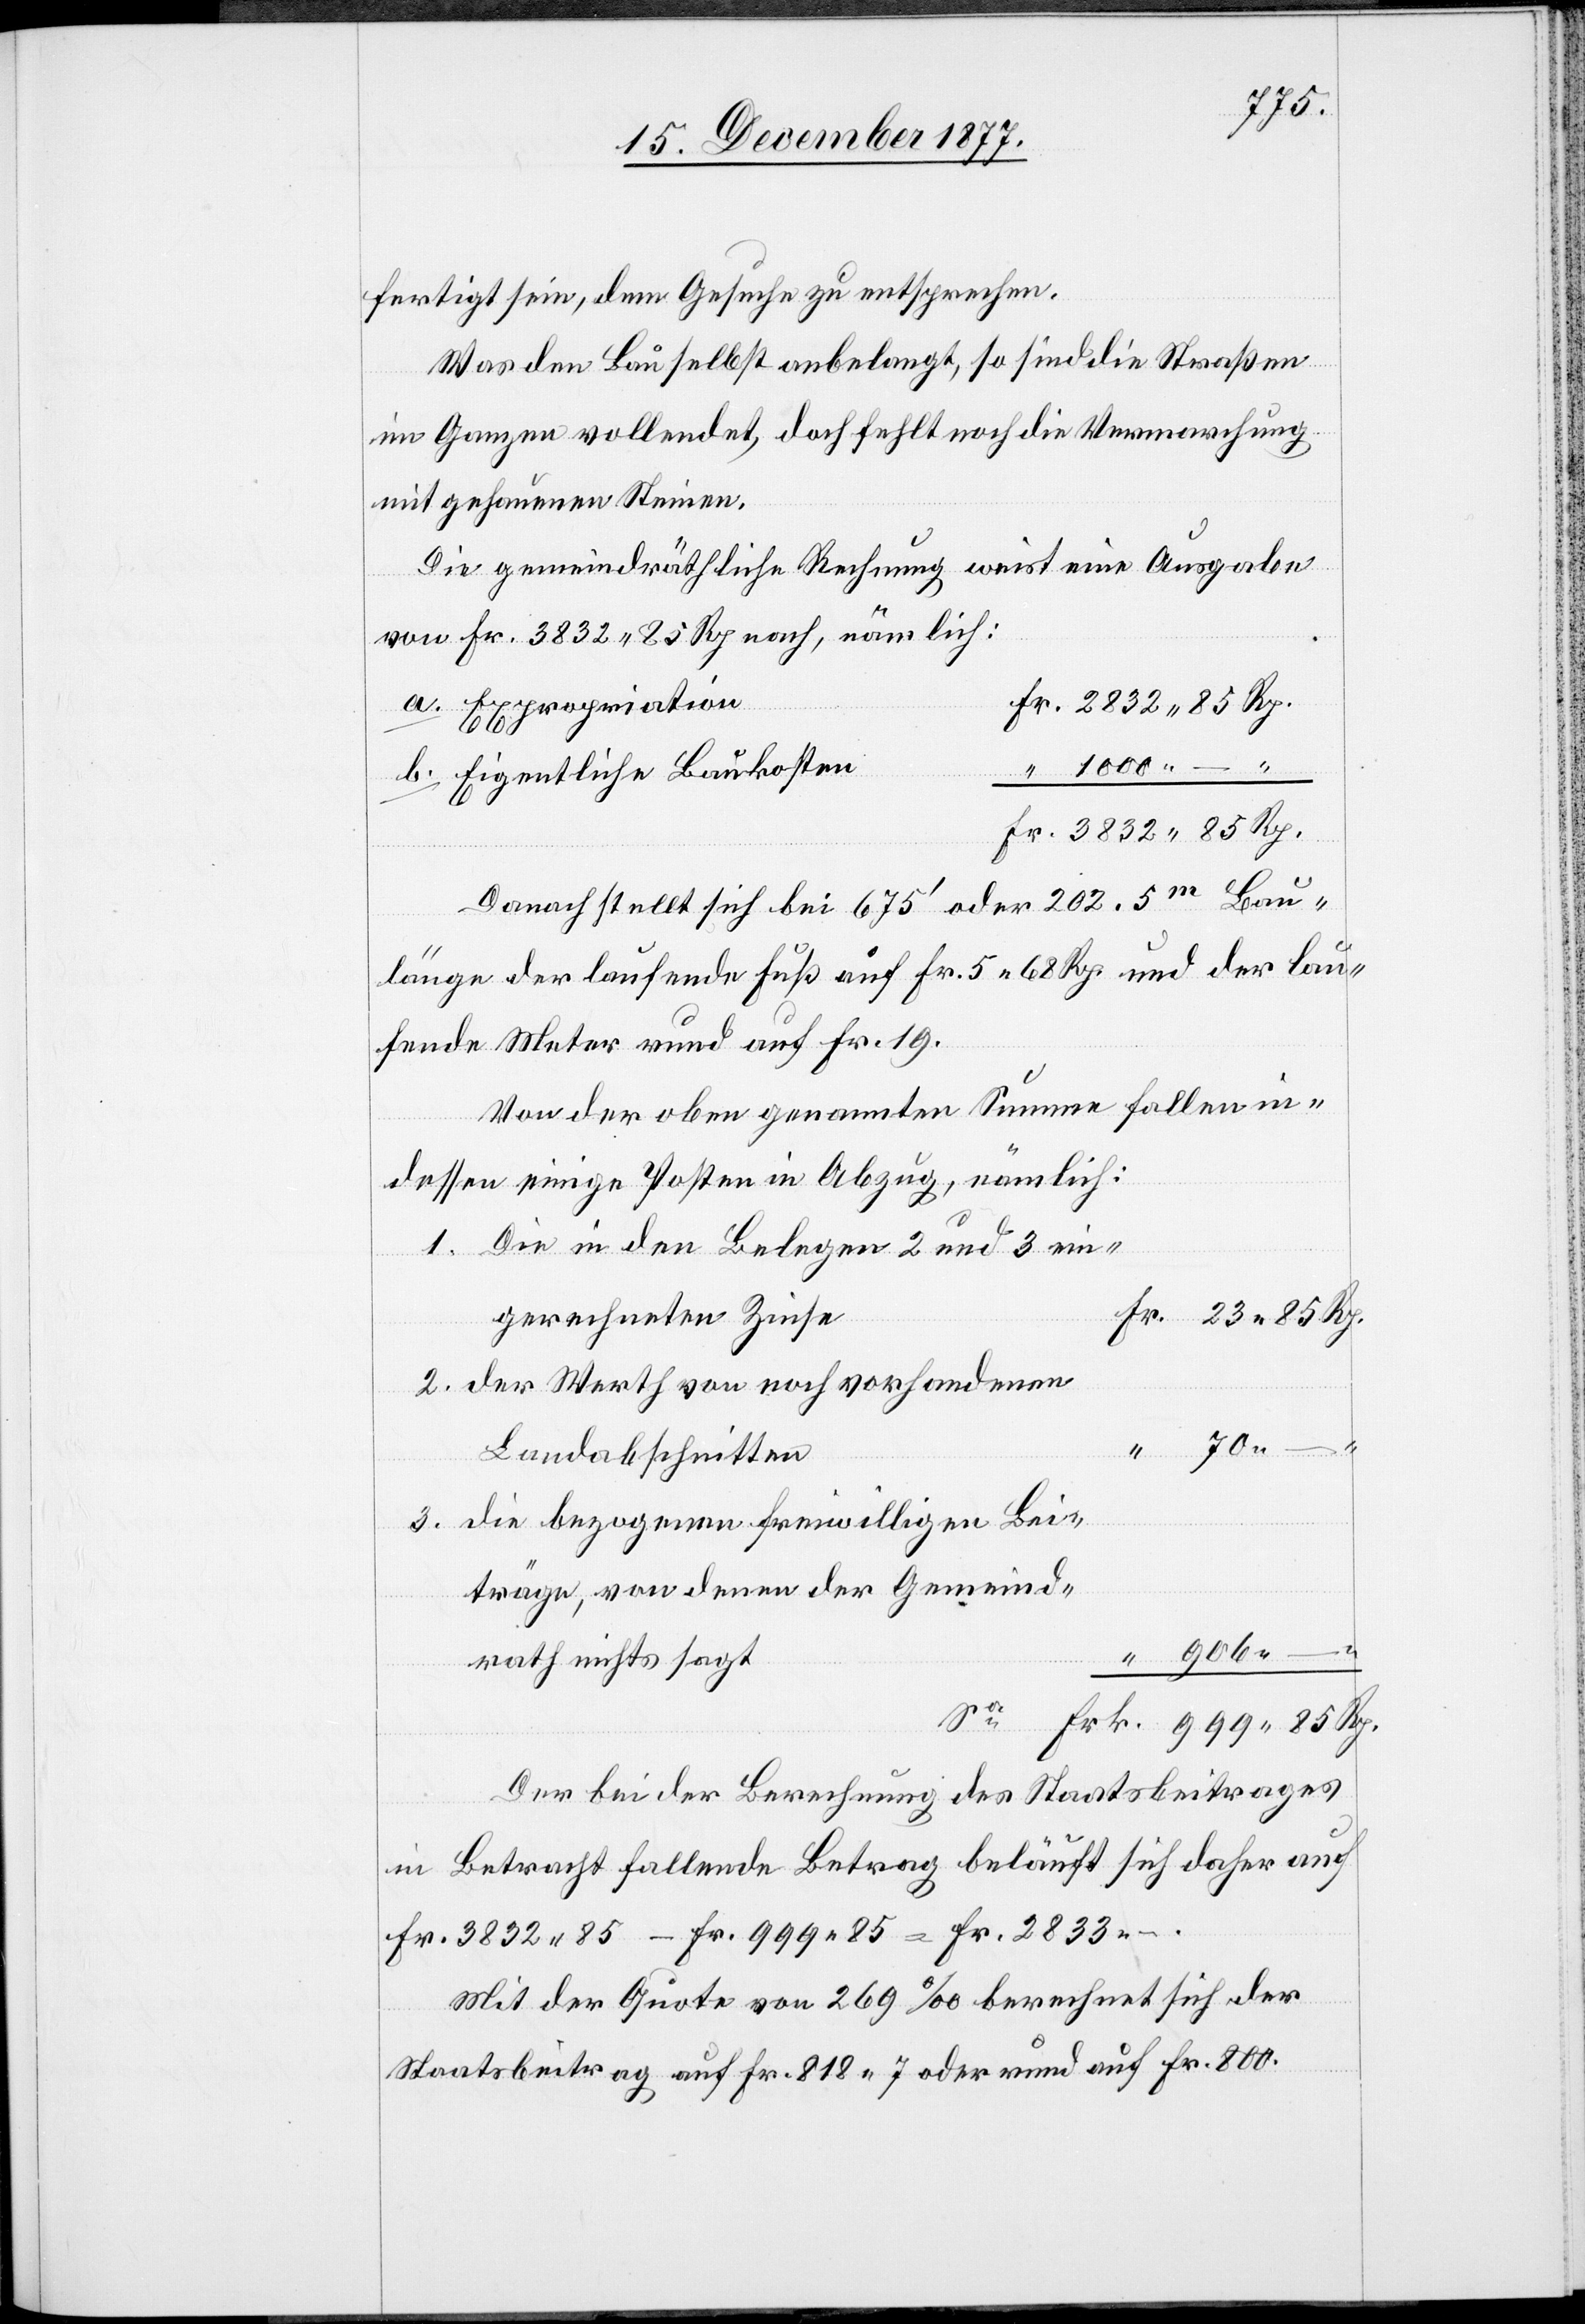
fertigt sein, dem Gesuche zu entsprechen.
Was den Bau selbst anbelangt, so sind die Straßen
im Ganzen vollendet, doch fehlt noch die Vermarchung
mit gehauenen Steinen.
Die gemeindräthliche Rechnung weist eine Ausgabe
2.
von Fr. 3832 85 Rp. nach, nämlich:
Fr. 2832 85 Rp.
Expropriation
“ 1000 – “
Eigentliche Baukosten
Fr. 3832 85 Rp.
Danach stellt sich bei 675‘ oder 202.5m Bau¬
länge der laufende Fuß auf Fr. 5 68 Rp. und der lau¬
fende Meter rund auf Fr. 19.
Von der oben genannten Summe fallen in¬
dessen einige Posten in Abzug, nämlich:
Die in den Belegen 2 und 3 ein¬
Fr. 23 85 Rp.
gerechneten Zinse
der Werth von noch vorhandenen
–
Landabschnitten
die bezogenen freiwilligen Bei¬
träge, von denen der Gemeind¬
“ 906
rath nichts sagt
Frk. 999 85 Rp.
Der bei der Berechnung des Staatsbeitrages
in Betracht fallende Betrag beläuft sich daher auf
Fr. 3832 85 – Fr. 999 85 = Fr. 2833 –.
Mit der Quote von 269‰ berechnet sich der
Staatsbeitrag auf Fr. 818 7 oder rund auf Fr. 800.